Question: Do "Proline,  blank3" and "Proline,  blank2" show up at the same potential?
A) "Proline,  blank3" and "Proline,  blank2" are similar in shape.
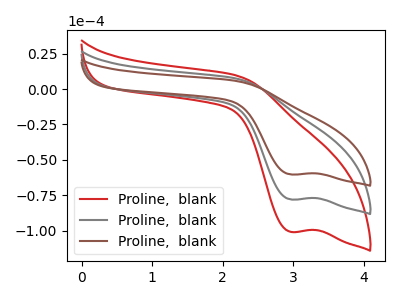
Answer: <think>The red curve "Proline,  blank1" has a cathodic peak at: (2.95V, -156.05uA). The gray curve "Proline,  blank2" has a cathodic peak at: (2.95V, -78.05uA). The brown curve "Proline,  blank3" has a cathodic peak at: (2.95V, -60.35uA).
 All the peaks in "Proline,  blank3" have a peak in "Proline,  blank2" at the same potential. Every peak in "Proline,  blank3" is lower than every peak in "Proline,  blank2".</think>
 <answer>A) "Proline,  blank3" and "Proline,  blank2" are similar in shape.</answer>
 <eval>A</eval>